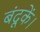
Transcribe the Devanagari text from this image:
बंदूकें।